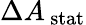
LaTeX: \Delta{{A_{\, \mathrm{{stat}}}}}